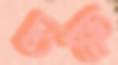
চক্ষ